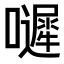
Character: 𡂙